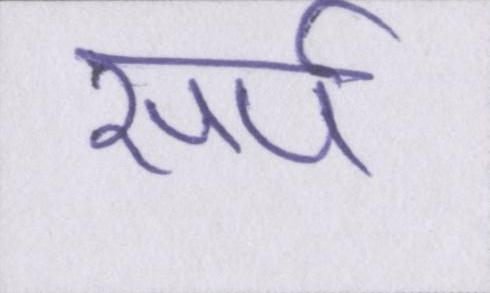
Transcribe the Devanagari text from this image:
सर्प